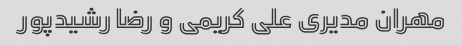
مهران مدیری علی کریمی و رضا رشیدپور